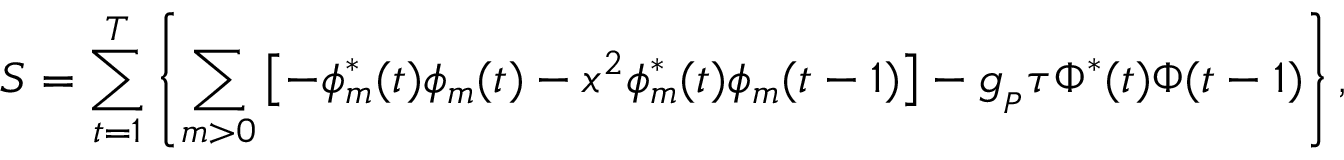
S = \sum _ { t = 1 } ^ { T } \left\{ \sum _ { m > 0 } \left[ - \phi _ { m } ^ { * } ( t ) \phi _ { m } ( t ) - x ^ { 2 } \phi _ { m } ^ { * } ( t ) \phi _ { m } ( t - 1 ) \right] - g _ { _ P } \tau \Phi ^ { * } ( t ) \Phi ( t - 1 ) \right\} ,